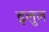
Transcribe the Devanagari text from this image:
इलुल